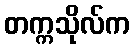
တက္ကသိုလ်က